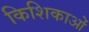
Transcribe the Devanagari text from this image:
किशिकाओं